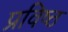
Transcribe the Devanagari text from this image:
प्रविष्‍ठ